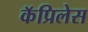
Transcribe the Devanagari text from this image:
कॅप्रिलेस